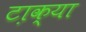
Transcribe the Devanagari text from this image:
टा़क्या